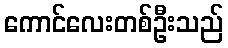
ကောင်လေးတစ်ဦးသည်